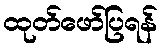
ထုတ်ဖော်ပြရန်